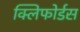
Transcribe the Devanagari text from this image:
क्लिफोर्डस